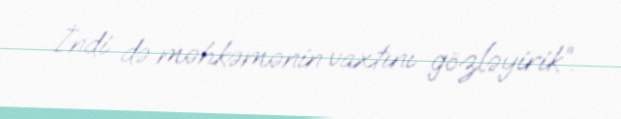
İndi də məhkəmənin vaxtını gözləyirik”.